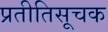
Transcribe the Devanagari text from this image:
प्रतीतिसूचक